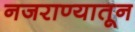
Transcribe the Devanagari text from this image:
नजराण्यातून